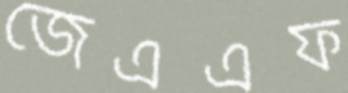
জেএএফ